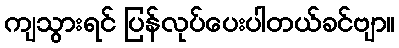
ကျသွားရင် ပြန်လုပ်ပေးပါတယ်ခင်ဗျာ။